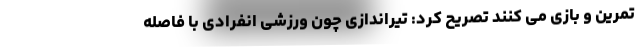
تمرین و بازی می کنند تصریح کرد: تیراندازی چون ورزشی انفرادی با فاصله